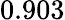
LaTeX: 0.903